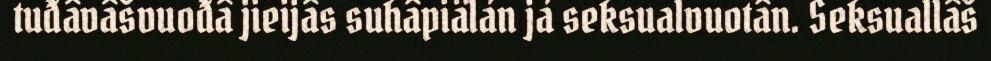
tuđâvâšvuođâ jieijâs suhâpiälán já seksualvuotân. Seksuallâš